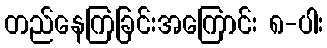
တည်နေကြခြင်းအကြောင်း ၈-ပါး